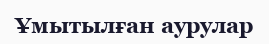
Ұмытылған аурулар